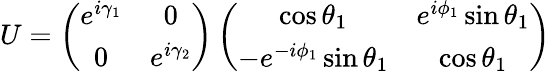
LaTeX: U=\left(\begin{array}{ccc}{{e^{i\gamma_{1}}}}&{{0}}\\ {{0}}&{{e^{i\gamma_{2}}}}\end{array}\right)\left(\begin{array}{ccc}{{\cos\theta_{1}}}&{{e^{i\phi_{1}}\sin\theta_{1}}}\\ {{-e^{-i\phi_{1}}\sin\theta_{1}}}&{{\cos\theta_{1}}}\end{array}\right)